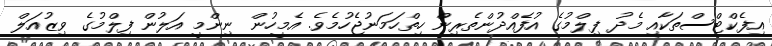
އިފެކްޓްސްތަކާއި މެދު ފިލްމުގެ އުފެއްދުންތެރިން ހިތްހަމަނުޖެހުމެވެ. އެމީހުން ނިންމީ އަލުން ފިލްމުގެ ވިޒުއަލް